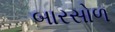
બારસોળ